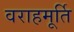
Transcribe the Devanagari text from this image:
वराहमूर्ति